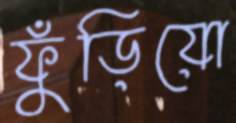
ফুঁড়িয়ো